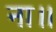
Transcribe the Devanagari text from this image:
ना॥